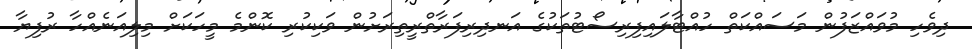
ދިވެހި މުވައްޒަފުން މަސައްކަތް ހުއްޓާލައިފިރިސޯޓުތަކުގެ އަނދިރިފަރާތްރީތިރަށުން ވަކިކުރި ކޮންމެ މީހަކަށް މިލިއަނެއްހާ ރުފިޔާ